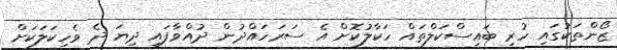
ޒޯންތަކުގައި ހުރި ބައިސްކަލްތައް ހަކާލުކޮށް އެ ސަރަހައްދުން ދުއްވާފައި ދިޔަ ދެ ވެހިކަލަކަށް